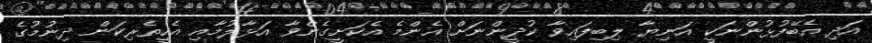
އަދި އެބޭފުޅުންނަކީ އަނިޔާ ލިބިފައިވާ ކުދީންނަަށް އެންމެ އެކަށީގެންވާ އަޅާލުމާއި އެހީތެރިކަން ދިނުމުގެ